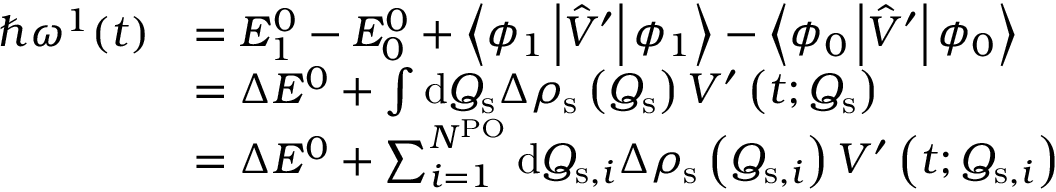
\begin{array} { r l } { \hbar \omega ^ { 1 } ( t ) } & { = E _ { 1 } ^ { 0 } - E _ { 0 } ^ { 0 } + \left\langle \phi _ { 1 } \left| \hat { V } ^ { \prime } \right| \phi _ { 1 } \right\rangle - \left\langle \phi _ { 0 } \left| \hat { V } ^ { \prime } \right| \phi _ { 0 } \right\rangle } \\ & { = \Delta E ^ { 0 } + \int \mathrm { d } Q _ { \mathrm { s } } \Delta \rho _ { \mathrm { s } } \left( Q _ { \mathrm { s } } \right) V ^ { \prime } \left( t ; Q _ { \mathrm { s } } \right) } \\ & { = \Delta E ^ { 0 } + \sum _ { i = 1 } ^ { N ^ { \mathrm { P O } } } \mathrm { d } Q _ { \mathrm { s } , i } \Delta \rho _ { \mathrm { s } } \left( Q _ { \mathrm { s } , i } \right) V ^ { \prime } \left( t ; Q _ { \mathrm { s } , i } \right) } \end{array}